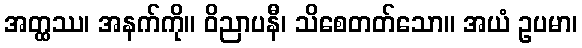
အတ္ထဿ၊ အနက်ကို။ ဝိညာပနီ၊ သိစေတတ်သော။ အယံ ဥပမာ၊